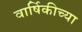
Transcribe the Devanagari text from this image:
वार्षिकीच्या